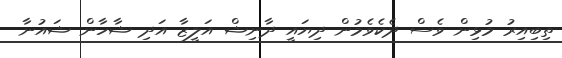
ތިބިއިރު މުޅިން ވެސް ދެކެވެމުން ދިޔައީ ދާނިޝް އަލީޒާ އަދި ޝާހާން ޝައުނާ